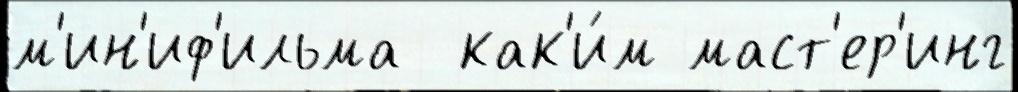
м'ин'иф'ильма  как'и́м маст'ер'инг